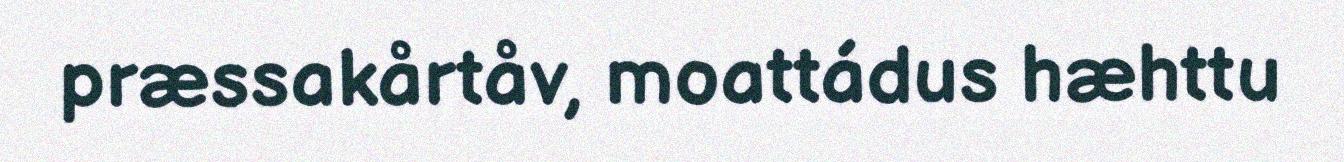
præssakårtåv, moattádus hæhttu